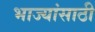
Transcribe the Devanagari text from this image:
भाज्यांसाठी